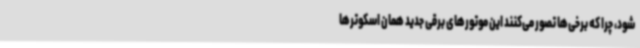
شود، چرا که برخی‌ها تصور می‌کنند این موتورهای برقی جدید همان اسکوترها